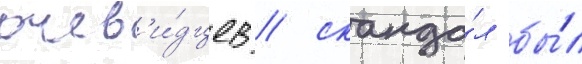
очев'и́дцев / сканда́л бы́л